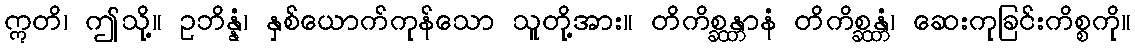
ဣတိ၊ ဤသို့။ ဥဘိန္နံ၊ နှစ်ယောက်ကုန်သော သူတို့အား။ တိကိစ္ဆန္တာနံ တိကိစ္ဆန္တံ၊ ဆေးကုခြင်းကိစ္စကို။